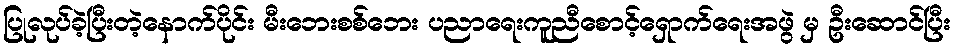
ပြုလုပ်ခဲ့ပြီးတဲ့နောက်ပိုင်း မီးဘေးစစ်ဘေး ပညာရေးကူညီစောင့်ရှောက်ရေးအဖွဲ မှ ဦးဆောင်ပြီး